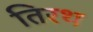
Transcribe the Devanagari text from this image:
तिरथ